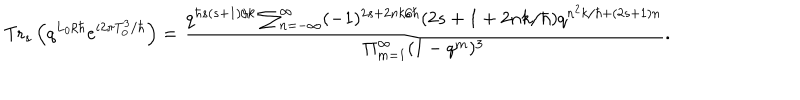
\mathrm { T r } _ { s } \left( q ^ { L _ { 0 } / \hbar } e ^ { i 2 \pi T _ { 0 } ^ { 3 } / \hbar } \right) = \frac { q ^ { \hbar s ( s + 1 ) / k } \sum _ { n = - \infty } ^ { \infty } ( - 1 ) ^ { 2 s + 2 n k / \hbar } ( 2 s + 1 + 2 n k / \hbar ) q ^ { { n ^ { 2 } k / \hbar } + ( 2 s + 1 ) n } } { \Pi _ { m = 1 } ^ { \infty } ( 1 - q ^ { m } ) ^ { 3 } } .